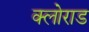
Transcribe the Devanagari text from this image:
क्लोराड